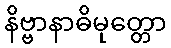
နိဗ္ဗာနာဓိမုတ္တော